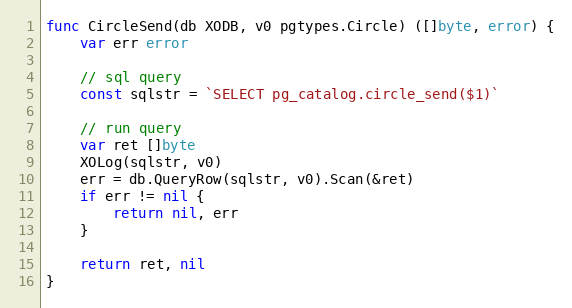
Language: Go
func CircleSend(db XODB, v0 pgtypes.Circle) ([]byte, error) {
	var err error

	// sql query
	const sqlstr = `SELECT pg_catalog.circle_send($1)`

	// run query
	var ret []byte
	XOLog(sqlstr, v0)
	err = db.QueryRow(sqlstr, v0).Scan(&ret)
	if err != nil {
		return nil, err
	}

	return ret, nil
}